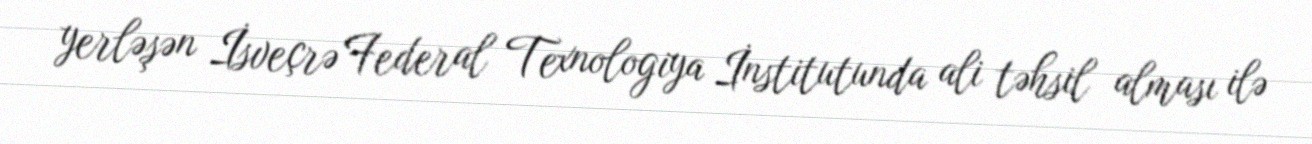
yerləşən İsveçrə Federal Texnologiya İnstitutunda ali təhsil alması ilə